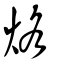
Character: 烙